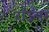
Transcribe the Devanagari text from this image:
हाउलर